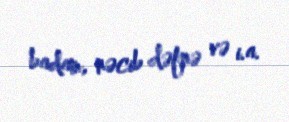
badam, nəcib dəfnə və i.a.